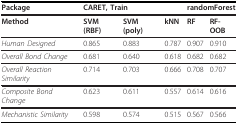
<table><thead><tr><td><b>Package</b></td><td colspan="3"><b>CARET, Train</b></td><td colspan="2"><b>randomForest</b></td></tr></thead><tbody><tr><td><b>Method</b></td><td><b>SVM (RBF)</b></td><td><b>SVM (poly)</b></td><td><b>kNN</b></td><td><b>RF</b></td><td><b>RF-OOB</b></td></tr><tr><td><i>Human Designed</i></td><td>0.865</td><td>0.883</td><td>0.787</td><td>0.907</td><td>0.910</td></tr><tr><td><i>Overall Bond Change</i></td><td>0.681</td><td>0.640</td><td>0.618</td><td>0.682</td><td>0.682</td></tr><tr><td><i>Overall Reaction Similarity</i></td><td>0.714</td><td>0.703</td><td>0.666</td><td>0.708</td><td>0.707</td></tr><tr><td><i>Composite Bond Change</i></td><td>0.623</td><td>0.611</td><td>0.557</td><td>0.614</td><td>0.616</td></tr><tr><td><i>Mechanistic Similarity</i></td><td>0.598</td><td>0.574</td><td>0.515</td><td>0.567</td><td>0.566</td></tr></tbody></table>